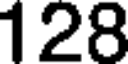
128